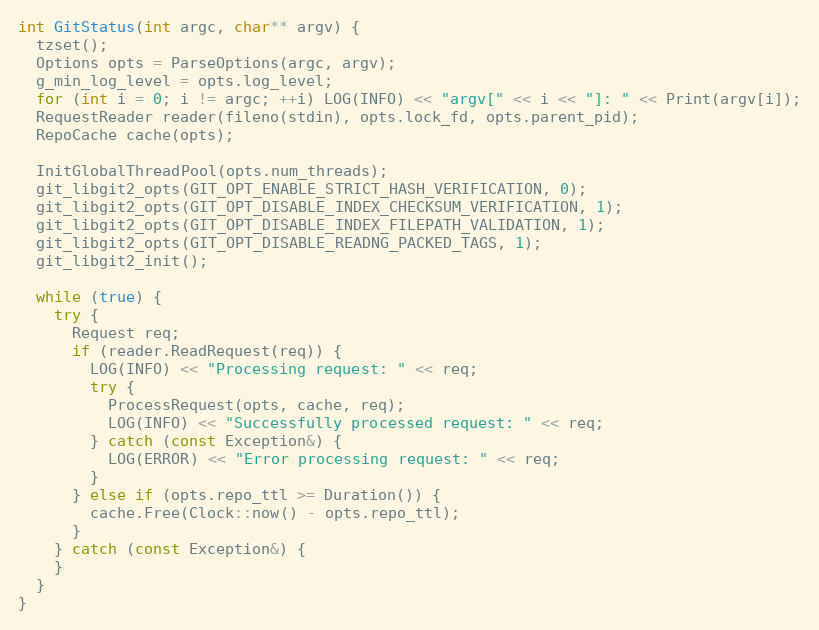
Language: C++
int GitStatus(int argc, char** argv) {
  tzset();
  Options opts = ParseOptions(argc, argv);
  g_min_log_level = opts.log_level;
  for (int i = 0; i != argc; ++i) LOG(INFO) << "argv[" << i << "]: " << Print(argv[i]);
  RequestReader reader(fileno(stdin), opts.lock_fd, opts.parent_pid);
  RepoCache cache(opts);

  InitGlobalThreadPool(opts.num_threads);
  git_libgit2_opts(GIT_OPT_ENABLE_STRICT_HASH_VERIFICATION, 0);
  git_libgit2_opts(GIT_OPT_DISABLE_INDEX_CHECKSUM_VERIFICATION, 1);
  git_libgit2_opts(GIT_OPT_DISABLE_INDEX_FILEPATH_VALIDATION, 1);
  git_libgit2_opts(GIT_OPT_DISABLE_READNG_PACKED_TAGS, 1);
  git_libgit2_init();

  while (true) {
    try {
      Request req;
      if (reader.ReadRequest(req)) {
        LOG(INFO) << "Processing request: " << req;
        try {
          ProcessRequest(opts, cache, req);
          LOG(INFO) << "Successfully processed request: " << req;
        } catch (const Exception&) {
          LOG(ERROR) << "Error processing request: " << req;
        }
      } else if (opts.repo_ttl >= Duration()) {
        cache.Free(Clock::now() - opts.repo_ttl);
      }
    } catch (const Exception&) {
    }
  }
}